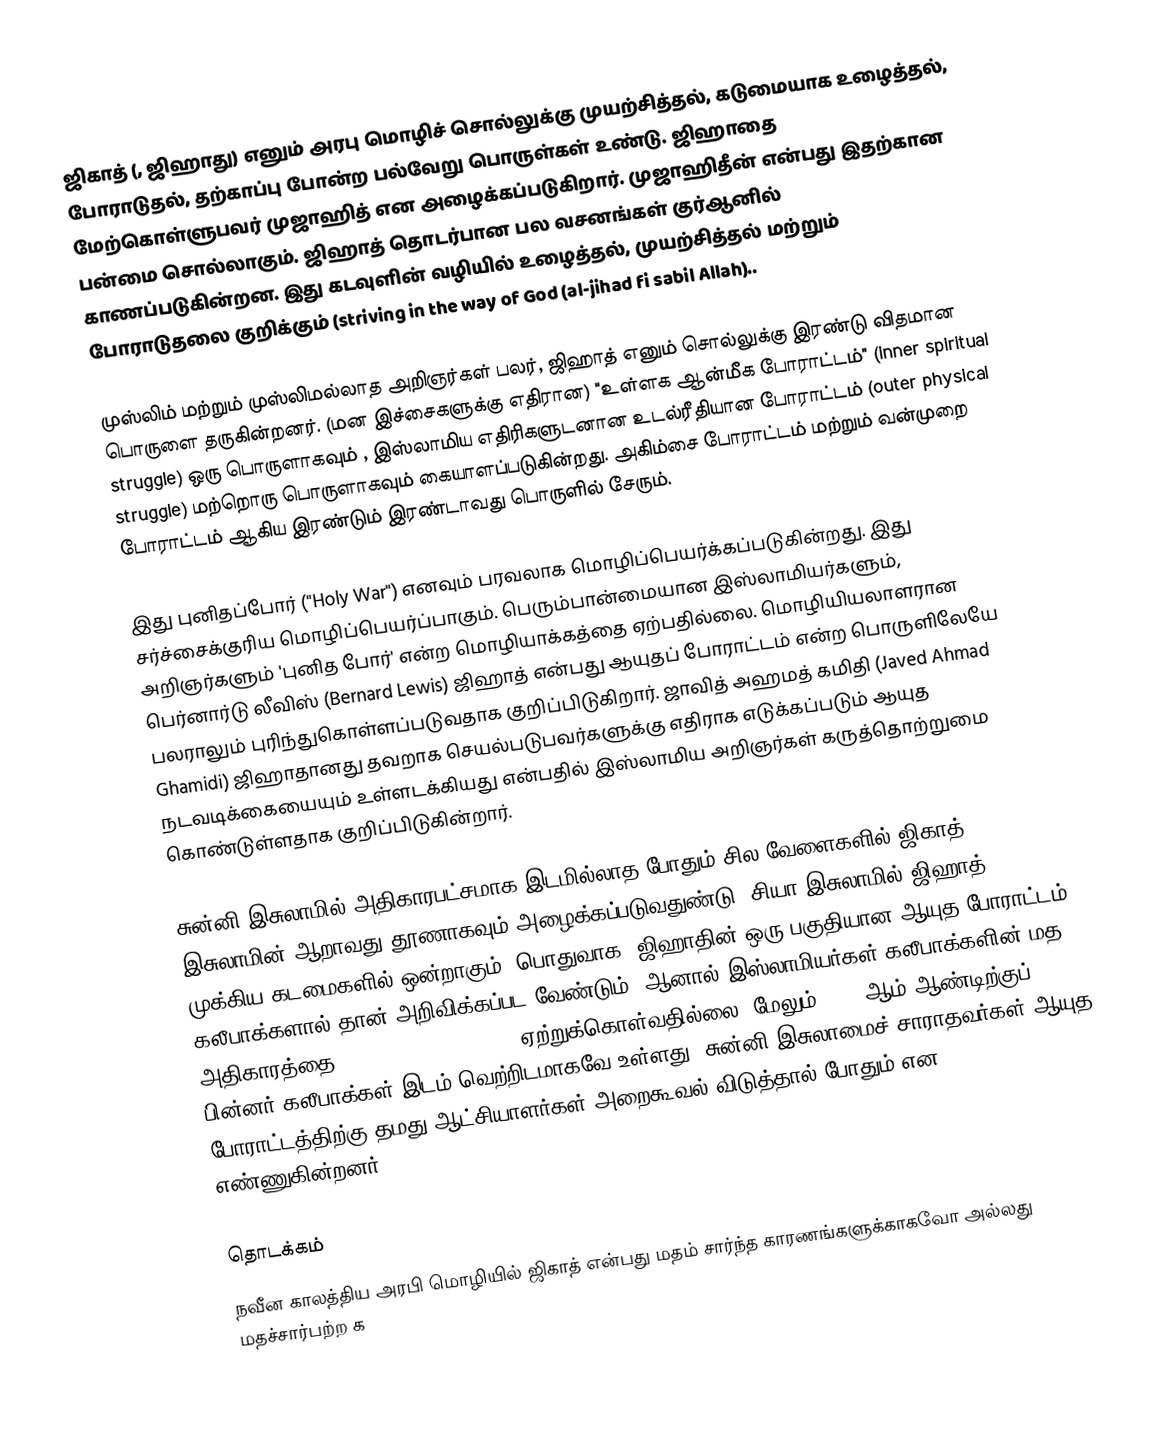
ஜிகாத் (, ஜிஹாது) எனும் அரபு மொழிச் சொல்லுக்கு முயற்சித்தல், கடுமையாக உழைத்தல், போராடுதல், தற்காப்பு போன்ற பல்வேறு பொருள்கள் உண்டு. ஜிஹாதை மேற்கொள்ளுபவர் முஜாஹித் என அழைக்கப்படுகிறார்.  முஜாஹிதீன் என்பது இதற்கான பன்மை சொல்லாகும். ஜிஹாத் தொடர்பான பல வசனங்கள் குர்ஆனில் காணப்படுகின்றன. இது கடவுளின் வழியில் உழைத்தல், முயற்சித்தல் மற்றும் போராடுதலை குறிக்கும் (striving in the way of God (al-jihad fi sabil Allah)..

முஸ்லிம் மற்றும் முஸ்லிமல்லாத  அறிஞர்கள் பலர், ஜிஹாத் எனும் சொல்லுக்கு இரண்டு விதமான பொருளை தருகின்றனர். (மன இச்சைகளுக்கு எதிரான) "உள்ளக ஆன்மீக போராட்டம்" (inner spiritual struggle) ஒரு பொருளாகவும் , இஸ்லாமிய எதிரிகளுடனான உடல்ரீதியான போராட்டம் (outer physical struggle) மற்றொரு பொருளாகவும் கையாளப்படுகின்றது. அகிம்சை போராட்டம் மற்றும் வன்முறை போராட்டம் ஆகிய இரண்டும் இரண்டாவது பொருளில் சேரும்.

இது புனிதப்போர் ("Holy War") எனவும் பரவலாக மொழிப்பெயர்க்கப்படுகின்றது. இது சர்ச்சைக்குரிய மொழிப்பெயர்ப்பாகும். பெரும்பான்மையான இஸ்லாமியர்களும், அறிஞர்களும் 'புனித போர்' என்ற மொழியாக்கத்தை ஏற்பதில்லை.  மொழியியலாளரான பெர்னார்டு லீவிஸ் (Bernard Lewis) ஜிஹாத் என்பது ஆயுதப் போராட்டம் என்ற பொருளிலேயே பலராலும் புரிந்துகொள்ளப்படுவதாக குறிப்பிடுகிறார். ஜாவித் அஹமத் கமிதி (Javed Ahmad Ghamidi) ஜிஹாதானது தவறாக செயல்படுபவர்களுக்கு எதிராக எடுக்கப்படும் ஆயுத நடவடிக்கையையும் உள்ளடக்கியது என்பதில் இஸ்லாமிய அறிஞர்கள் கருத்தொற்றுமை கொண்டுள்ளதாக குறிப்பிடுகின்றார்.

சுன்னி இசுலாமில் அதிகாரபட்சமாக இடமில்லாத போதும் சில வேளைகளில் ஜிகாத் இசுலாமின் ஆறாவது தூணாகவும் அழைக்கப்படுவதுண்டு. சியா இசுலாமில் ஜிஹாத் 10 முக்கிய கடமைகளில் ஒன்றாகும். பொதுவாக, ஜிஹாதின் ஒரு பகுதியான ஆயுத போராட்டம் கலீபாக்களால் தான் அறிவிக்கப்பட வேண்டும், ஆனால் இஸ்லாமியர்கள் கலீபாக்களின் மத அதிகாரத்தை (spiritual authority) ஏற்றுக்கொள்வதில்லை. மேலும் 1923 ஆம் ஆண்டிற்குப் பின்னர் கலீபாக்கள் இடம் வெற்றிடமாகவே உள்ளது. சுன்னி இசுலாமைச் சாராதவர்கள் ஆயுத போராட்டத்திற்கு தமது ஆட்சியாளர்கள் அறைகூவல் விடுத்தால் போதும் என எண்ணுகின்றனர்.

தொடக்கம்
நவீன காலத்திய அரபி மொழியில் ஜிகாத் என்பது மதம் சார்ந்த காரணங்களுக்காகவோ அல்லது மதச்சார்பற்ற க